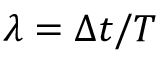
\lambda = \Delta t / T